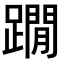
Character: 𨆀